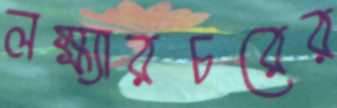
লক্ষ্যারচরের